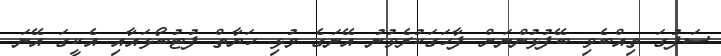
ސަފުގަ ތިއްބެވި ބޭފުޅުންނަށް ފާހަގަކުރެވުނު އޭނަގެ މުޅި ހަޔާތް ފުޓުބޯޅައާއި އެކީގަ އޭނަ